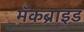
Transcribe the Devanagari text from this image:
मॅकब्राइड